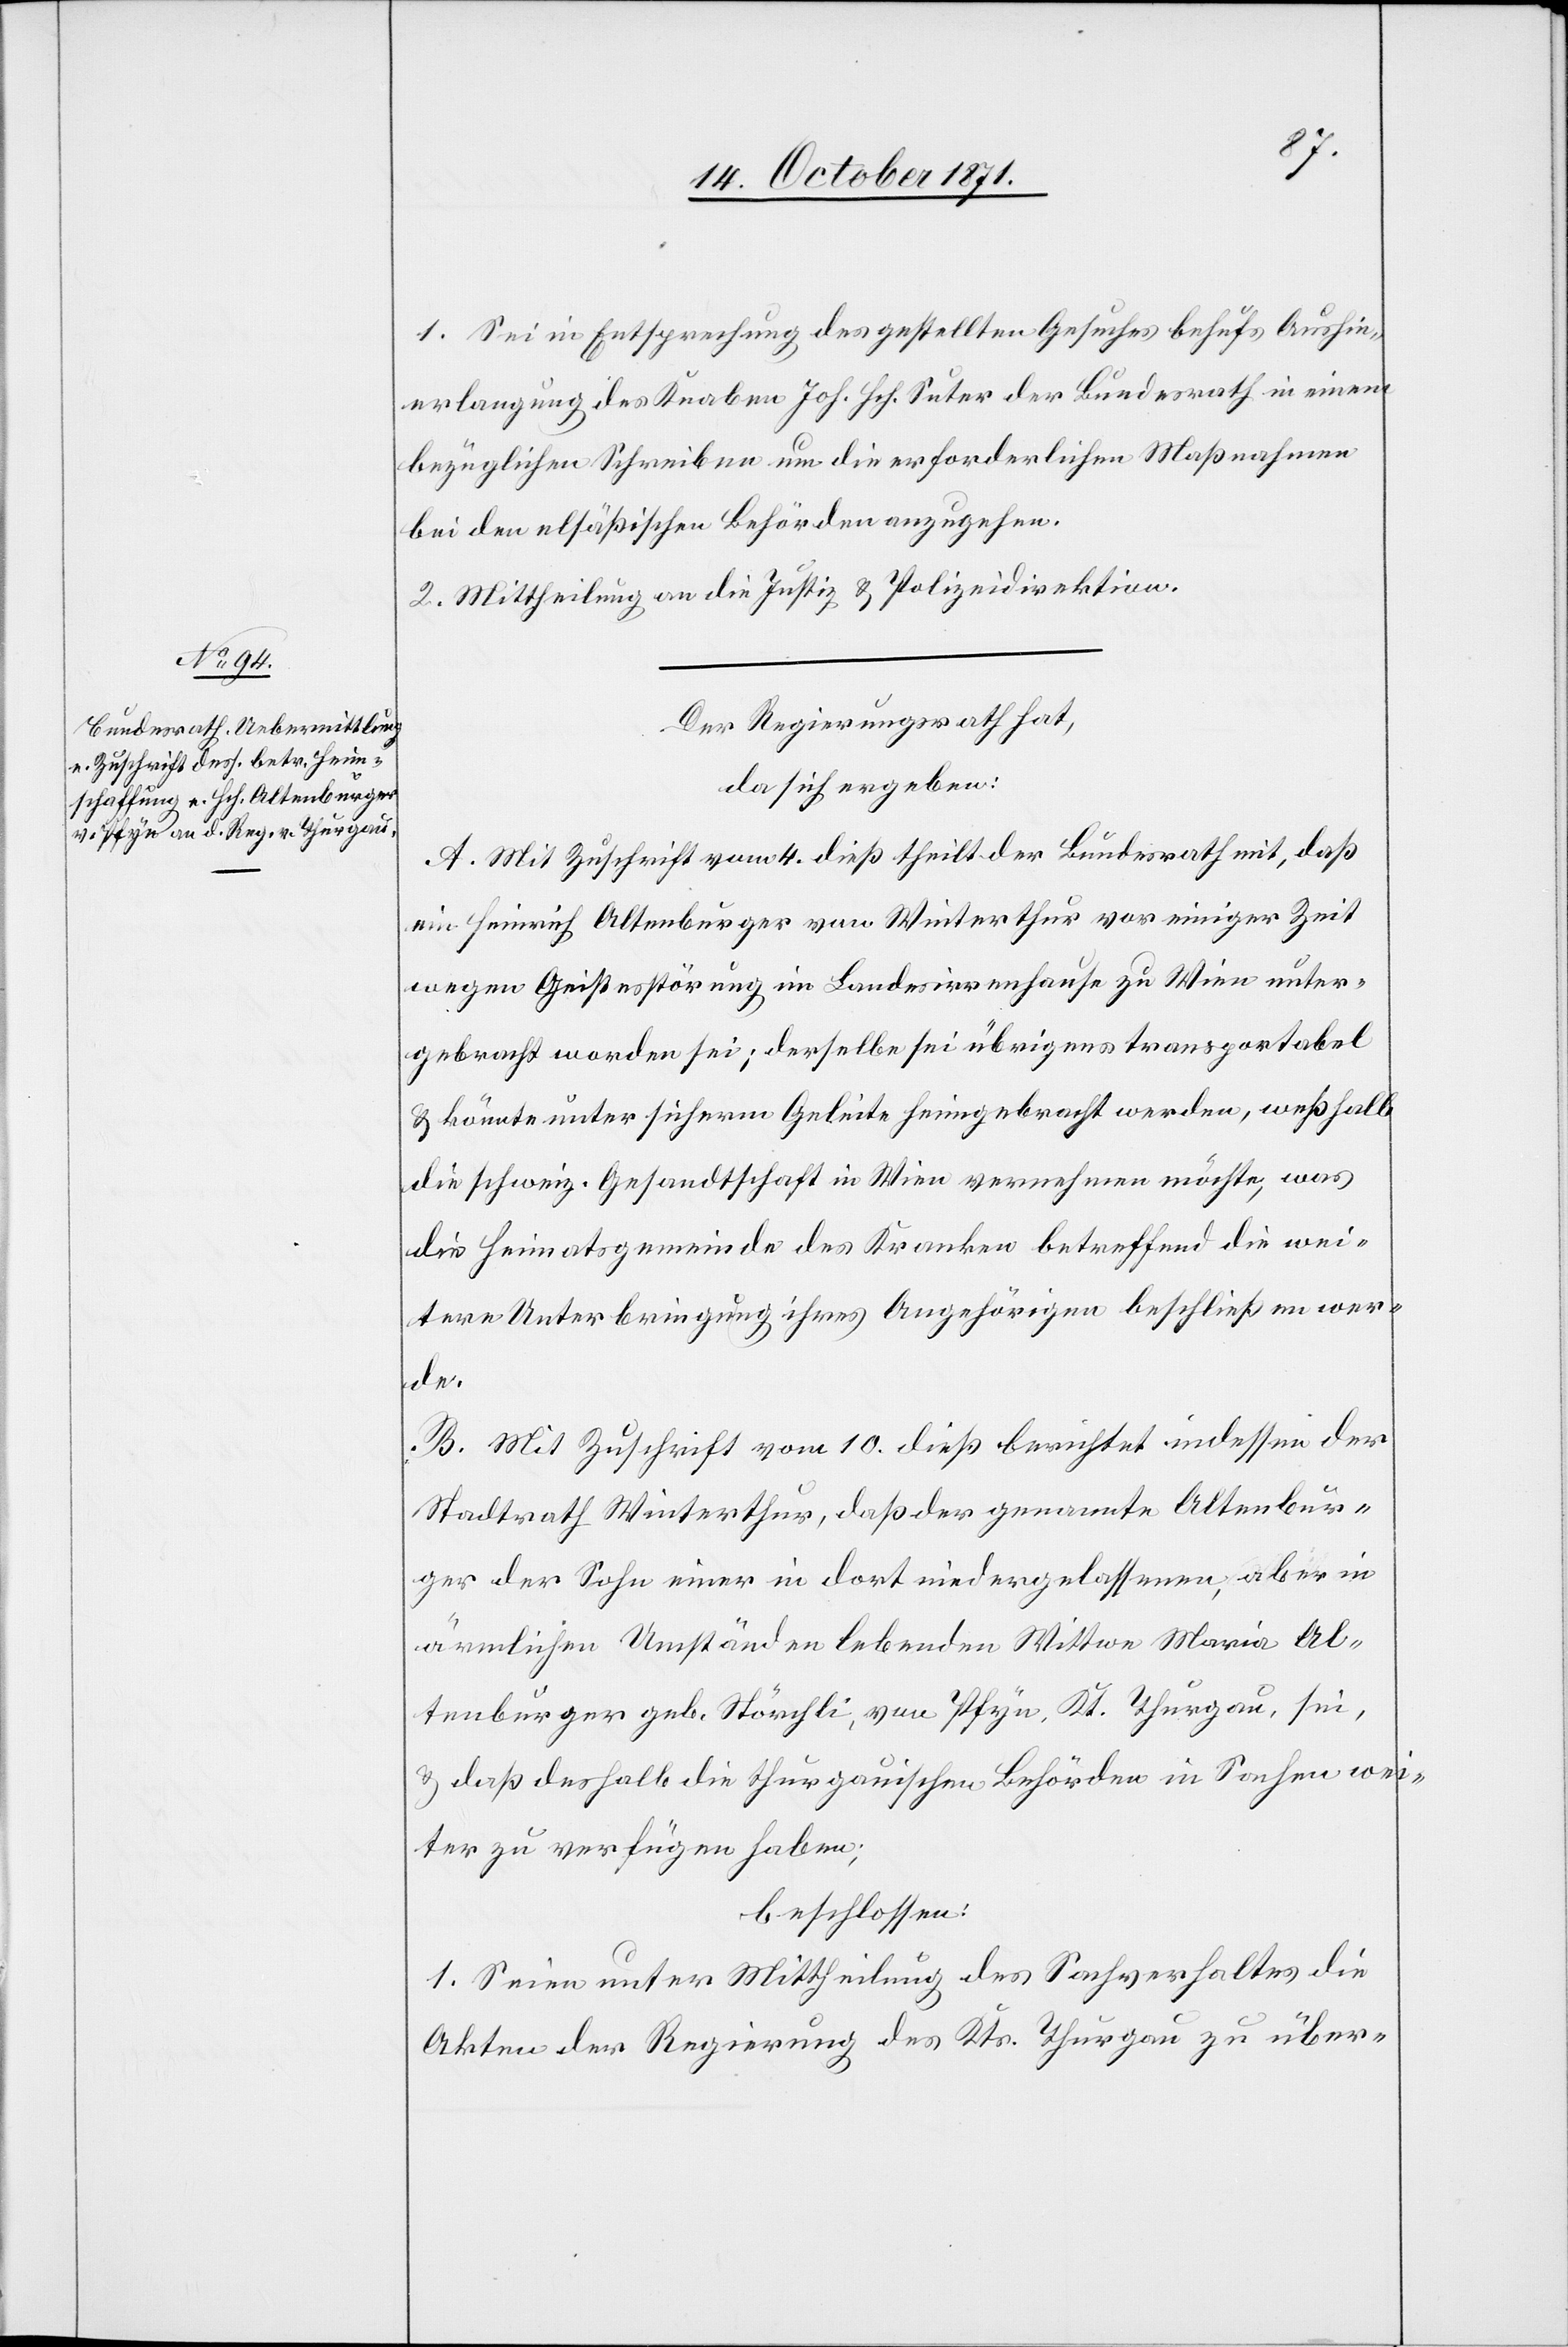
1. Sei in Entsprechung des gestellten Gesuches behufs Aushin¬
erlangung des Knaben Joh. Hch. Suter der Bundesrath in einem
bezüglichen Schreiben um die erforderlichen Maßnahmen
bei den elsäßischen Behörden anzugehen.
2. Mittheilung an die Justiz[-] & Polizeidirektion.
Der Regierungsrath hat
da sich ergeben:
A. Mit Zuschrift vom 4. dieß theilt der Bundesrath mit, daß
ein Heinrich Altenburger von Winterthur vor einiger Zeit
wegen Geistesstörung im Landesirrenhause zu Wien unter¬
gebracht worden sei; derselbe sei übrigens transportabel
& könnte unter sicherm Geleite heimgebracht werden, weßhalb
die schweiz. Gesandtschaft in Wien vernehmen möchte, was
die Heimatsgemeinde des Kranken betreffend die wei¬
tere Unterbringung ihres Angehörigen beschließen wer¬
de.
B. Mit Zuschrift vom 10. dieß berichtet indessen der
Stadtrath Winterthur, daß der genannte Altenbur¬
ger der Sohn einer in dort niedergelassenen, aber in
ärmlichen Umständen lebenden Wittwe Maria Al¬
tenburger geb. Störchli, von Pfyn, Kt. Thurgau, sei,
& daß deshalb die thurgauischen Behörden in Sachen wei¬
ter zu verfügen haben;
beschlossen:
1. Seien unter Mittheilung des Sachverhaltes die
Akten der Regierung des Kts. Thurgau zu über-